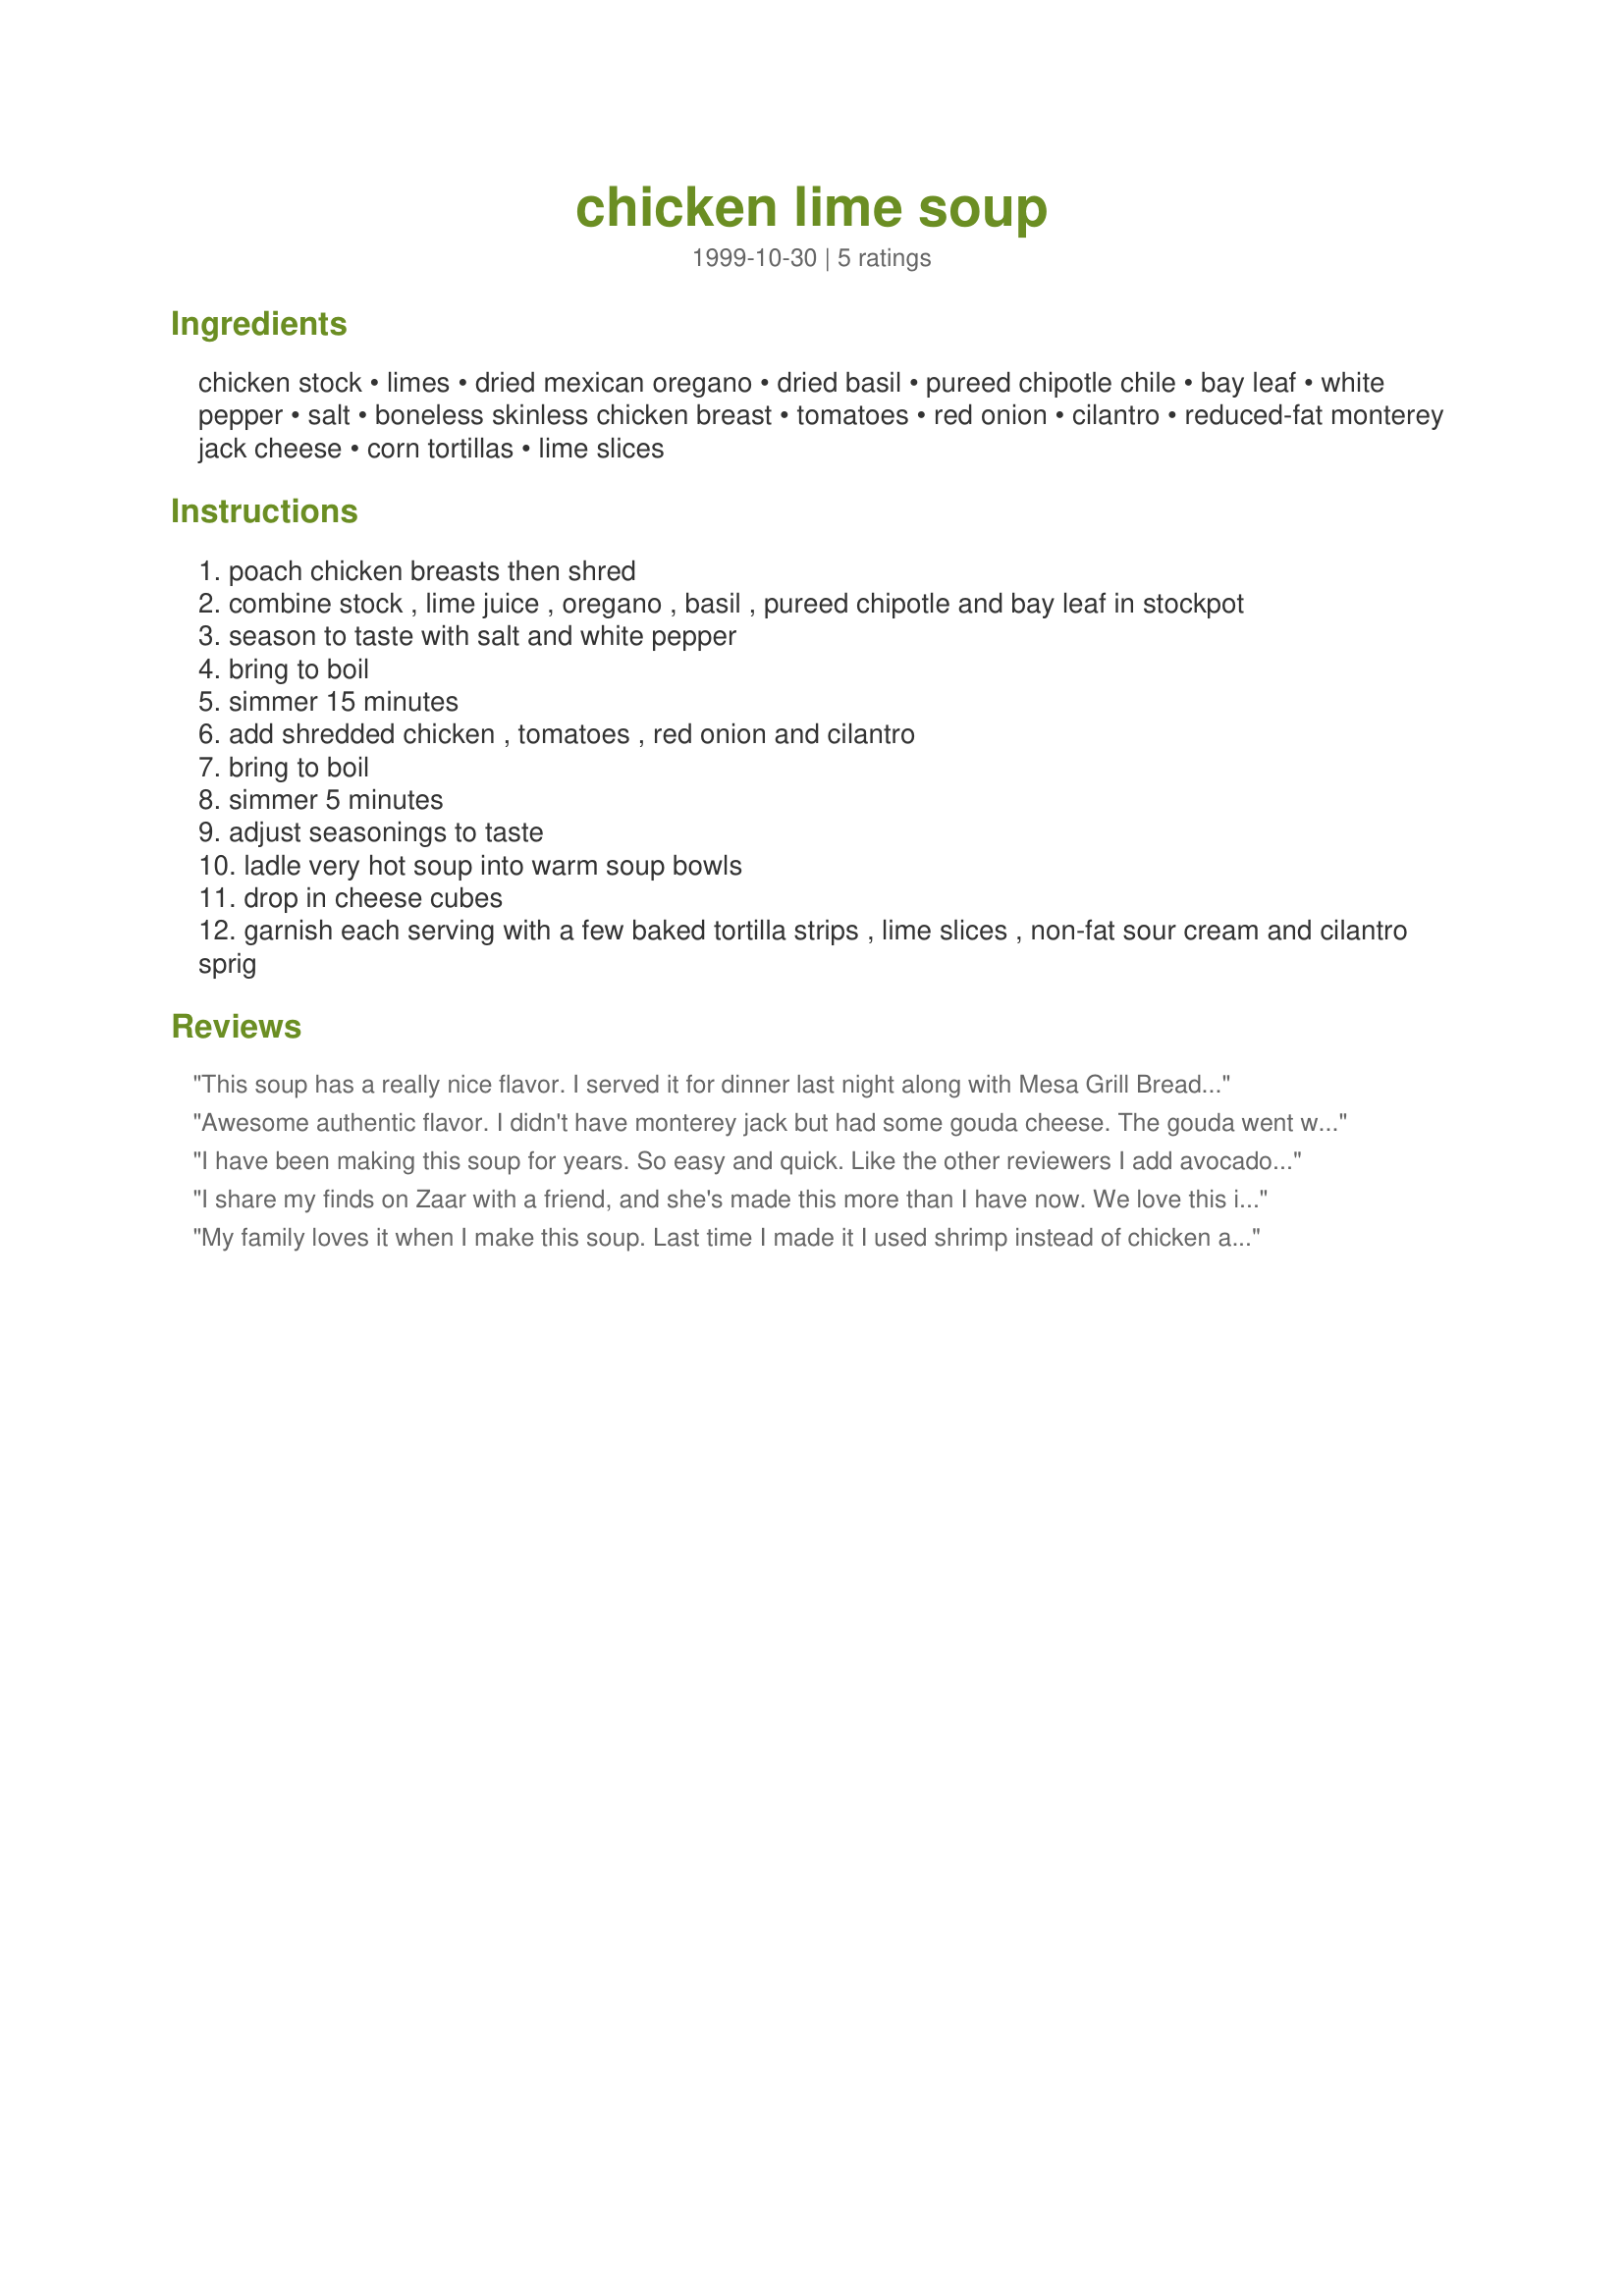
chicken lime soup
Preparation time: 0 minutes

Ingredients:
chicken stock, limes, dried mexican oregano, dried basil, pureed chipotle chile, bay leaf, white pepper, salt, boneless skinless chicken breast, tomatoes, red onion, cilantro, reduced-fat monterey jack cheese, corn tortillas, lime slices

Steps:
poach chicken breasts then shred
combine stock , lime juice , oregano , basil , pureed chipotle and bay leaf in stockpot
season to taste with salt and white pepper
bring to boil
simmer 15 minutes
add shredded chicken , tomatoes , red onion and cilantro
bring to boil
simmer 5 minutes
adjust seasonings to taste
ladle very hot soup into warm soup bowls
drop in cheese cubes
garnish each serving with a few baked tortilla strips , lime slices , non-fat sour cream and cilantro sprig

Reviews:
This soup has a really nice flavor. I served it for dinner last night along with Mesa Grill Bread #37758. They complimented each other nicely. I needed to add more salt to this than I usually add to food, and I skipped the sour cream and lime slice garnish. Otherwise, recipe was made as directed, and I don't believe I would change anything in the future.
Awesome authentic flavor. I didn't have monterey jack but had some gouda cheese. The gouda went well with the soup.
I have been making this soup for years. So easy and quick. Like the other reviewers I add avocado. My family loves it!
I share my finds on Zaar with a friend, and she's made this more than I have now. We love this in the heart of winter. And it makes our classroom smell great when we reheat it at school (we're both teachers).
My family loves it when I make this soup. Last time I made it I used shrimp instead of chicken and fresh jalapenos instead of chipotles. It was delicious. It's also great with fresh avocado added when serving.
